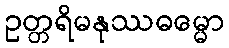
ဥတ္တရိမနုဿဓမ္မော